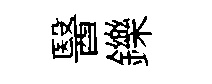
醫鑠